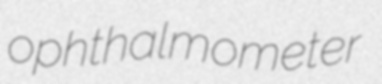
ophthalmometer